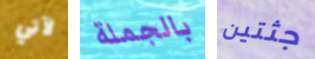
لآتي بالجملة جثتين